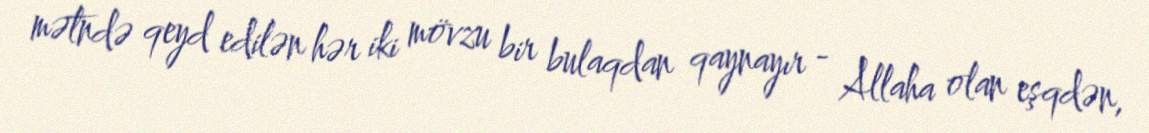
mətndə qeyd edilən hər iki mövzu bir bulaqdan qaynayır - Allaha olan eşqdən,